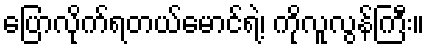
ပြောလိုက်ရတယ်မောင်ရဲ့၊ ကိုလူလွန်ကြီး။